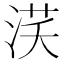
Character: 𣵽